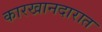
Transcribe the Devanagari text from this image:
कारखानदारात